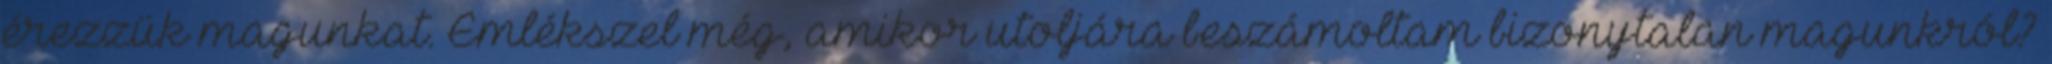
érezzük magunkat. Emlékszel még, amikor utoljára beszámoltam bizonytalan magunkról?